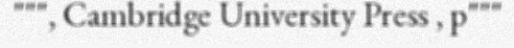
""", Cambridge University Press , p"""